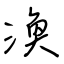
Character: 渙